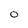
Character: O